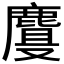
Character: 𱊾